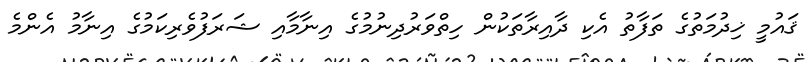
ޤައުމީ ޚިދުމަތުގެ ތަފާތު އެކި ދާއިރާތަކުން ހިތްވަރުދިނުމުގެ އިނާމާއި ޝަރަފުވެރިކަމުގެ އިނާމު އެންމެ